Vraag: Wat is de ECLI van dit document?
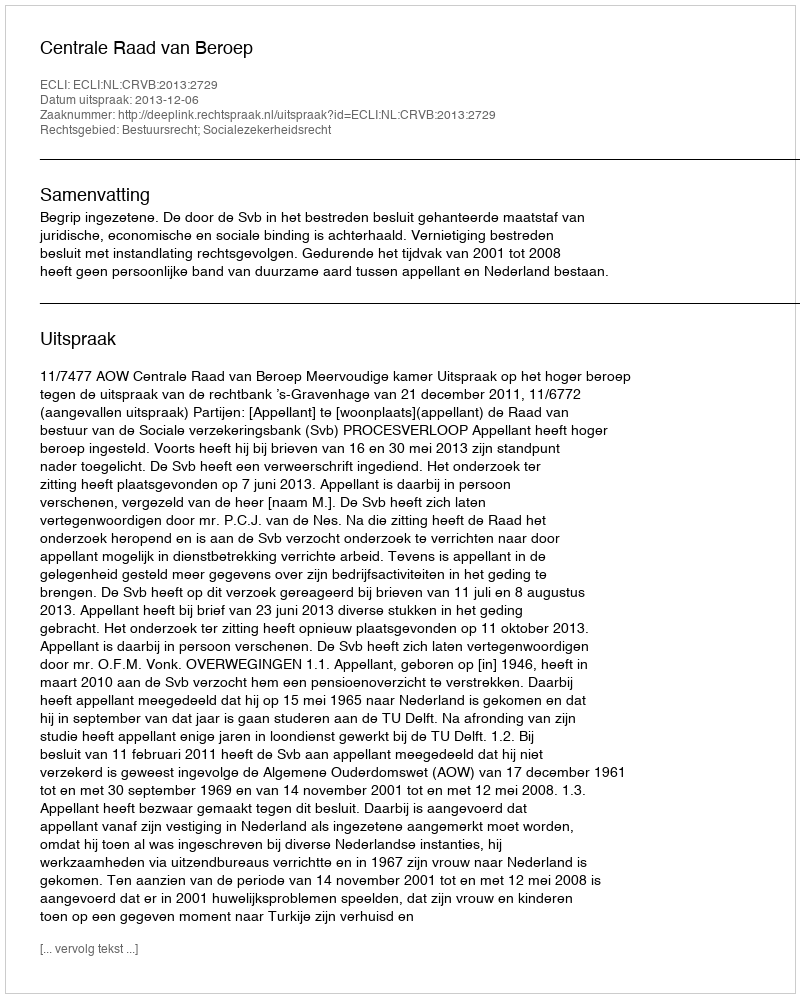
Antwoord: ECLI:NL:CRVB:2013:2729